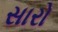
સારો